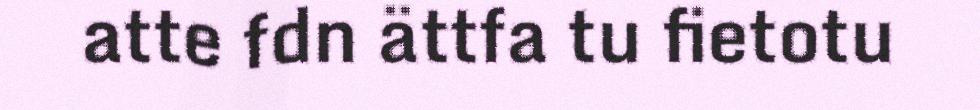
atte fdn ättfa tu fietotu